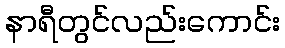
နာရီတွင်လည်းကောင်း